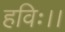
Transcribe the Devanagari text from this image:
हविः।।